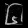
Digit: ၆